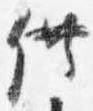
供